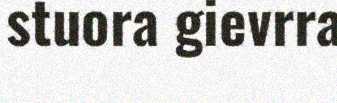
stuora gievrra